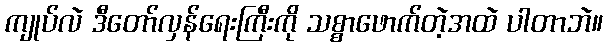
ကျုပ်လဲ ဒီတော်လှန်ရေးကြီးကို သစ္စာဖောက်တဲ့အထဲ ပါတာဘဲ။